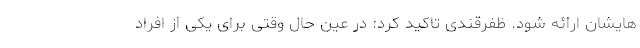
هایشان ارائه شود. ظفرقندی تاکید کرد: در عین حال وقتی برای یکی از افراد